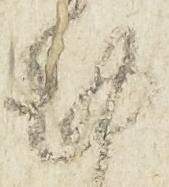
謹